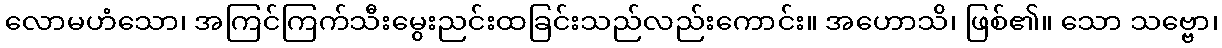
လောမဟံသော၊ အကြင်ကြက်သီးမွေးညင်းထခြင်းသည်လည်းကောင်း။ အဟောသိ၊ ဖြစ်၏။ သော သဗ္ဗော၊